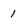
Character: 1